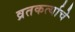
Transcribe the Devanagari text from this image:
व्रतकर्त्याचे